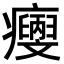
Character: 𤼄